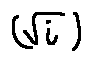
( \sqrt { i } )